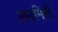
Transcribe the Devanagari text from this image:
रानमिरी